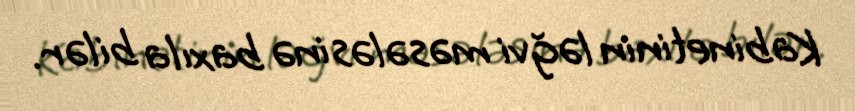
Kabinetinin ləğvi məsələsinə baxıla bilər.